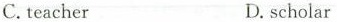
C.teacher D.scholar